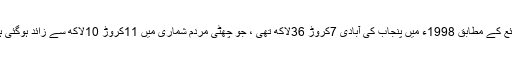
ذرائع کے مطابق 1998ء میں پنجاب کی آبادی 7کروڑ 36لاکھ تھی ، جو چھٹی مردم شماری میں 11کروڑ 10لاکھ سے زائد ہوگئی ہے۔